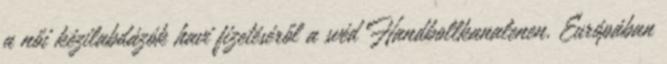
a női kézilabdázók havi fizetéséről a svéd Handbollkanalenen. Európában